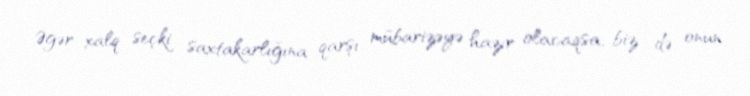
Əgər xalq seçki saxtakarlığına qarşı mübarizəyə hazır olacaqsa, biz də onun